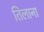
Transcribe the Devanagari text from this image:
तिलाना